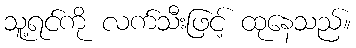
သူ့ရင်ကို လက်သီးဖြင့် ထုနေသည်။